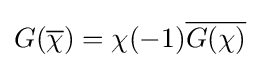
G({\overline {\chi }})=\chi (-1){\overline {G(\chi )}}